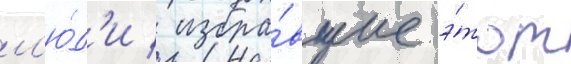
л'ю́д'и / избра́вшие э́тот